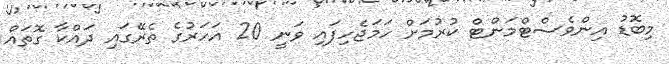
މިބޮޑު އިންވެސްޓްމަންޓް ކުރުމަށް ހަމަޖެހިފައި ވަނީ 20 އަހަރުގެ ތެރޭގައި ދައްކާ ގޮތައް